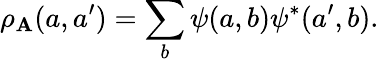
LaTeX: \rho_{\mathbf{A}}(a,a^{\prime})=\sum_{b}\psi(a,b)\psi^{*}(a^{\prime},b).